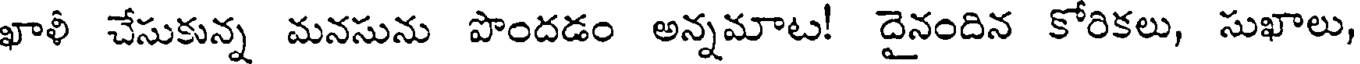
ఖాళీ చేసుకున్న మనసును పొందడం అన్నమాట! దైనందిన కోరికలు, సుఖాలు,